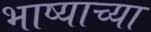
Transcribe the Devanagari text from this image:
भाष्याच्या